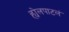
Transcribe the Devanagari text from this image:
ह्येलपाटलं